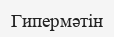
Гипермәтін